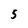
Character: 5